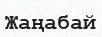
Жаңабай